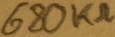
Text: 680KΩ